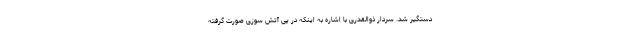
دستگیر شد. سردار ذوالقدری با اشاره به اینکه در پی آتش سوزی صورت گرفته